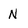
Character: N